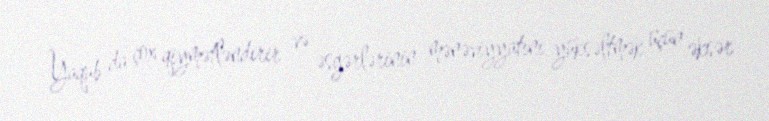
Yaqub da çox qiymətləndirir və əsgərlərinin mənəviyyatını yüksəltmək üçün əksər